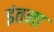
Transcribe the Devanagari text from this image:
इंतना